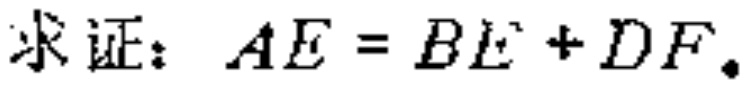
求证：\(AE = BE + DF\)。